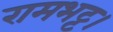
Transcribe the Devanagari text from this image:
रामभट्ट।